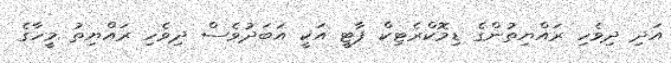
އަދި ދިވެހި ރައްޔިތުންގެ ޑިމޮކްރެޓިކް ޕާޓީ އަކީ އަބަދުވެސް ދިވެހި ރައްޔިތު މީހާގެ